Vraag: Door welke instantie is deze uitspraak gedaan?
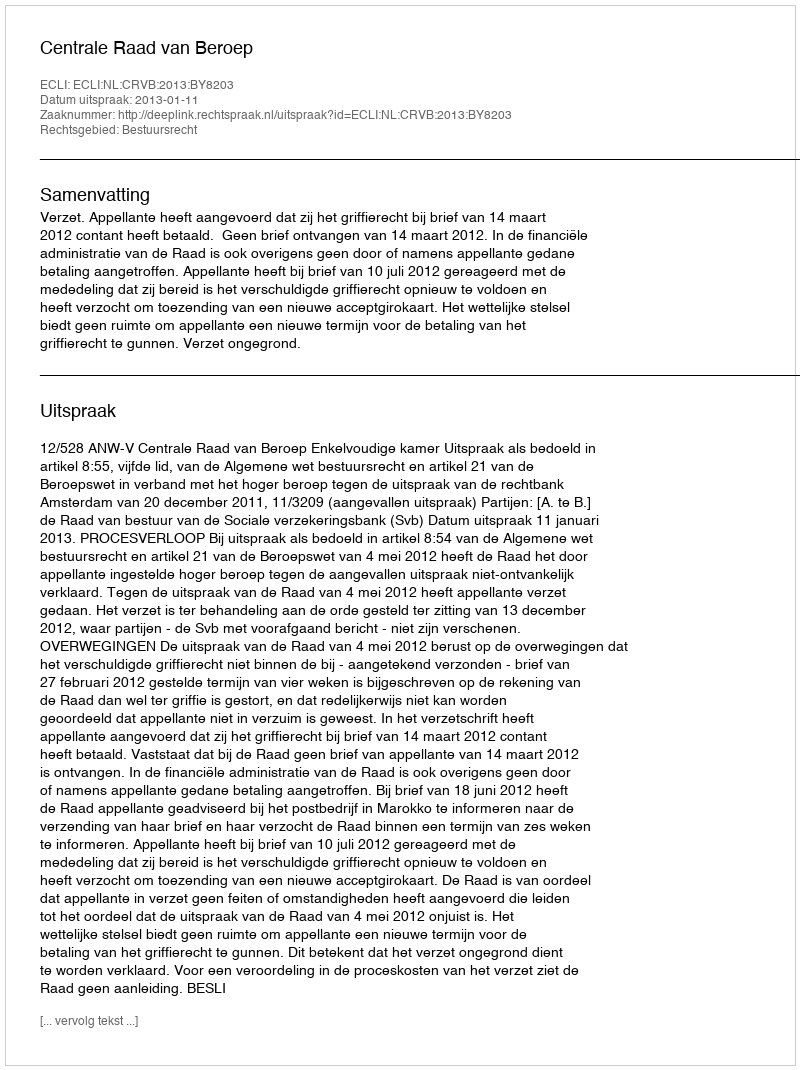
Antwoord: Centrale Raad van Beroep